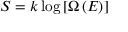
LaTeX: S = k \log \left[ \Omega \left( E \right) \right]